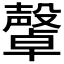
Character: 𣫜